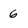
Character: 6